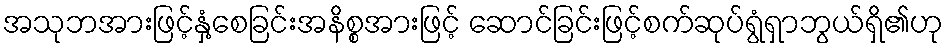
အသုဘအားဖြင့်နှံ့စေခြင်းအနိစ္စအားဖြင့် ဆောင်ခြင်းဖြင့်စက်ဆုပ်ရွံရှာဘွယ်ရှိ၏ဟု